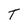
Character: T